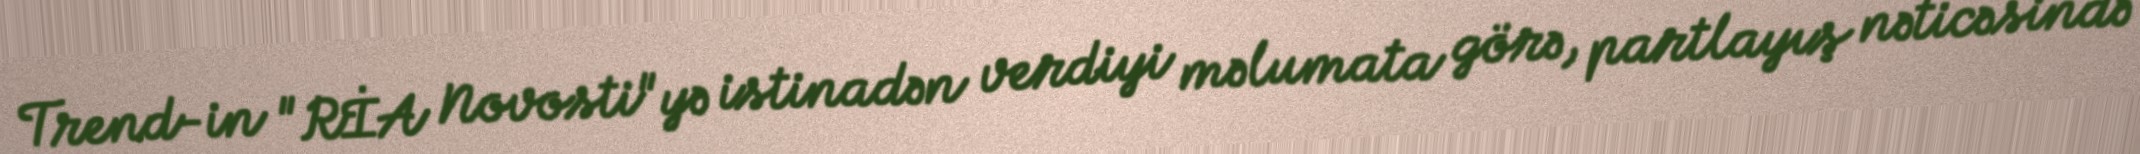
Trend-in "RİA Novosti"yə istinadən verdiyi məlumata görə, partlayış nəticəsində